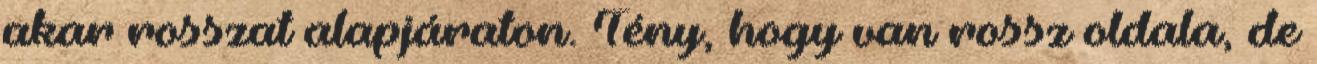
akar rosszat alapjáraton. Tény, hogy van rossz oldala, de